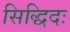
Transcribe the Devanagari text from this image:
सिद्धिदः